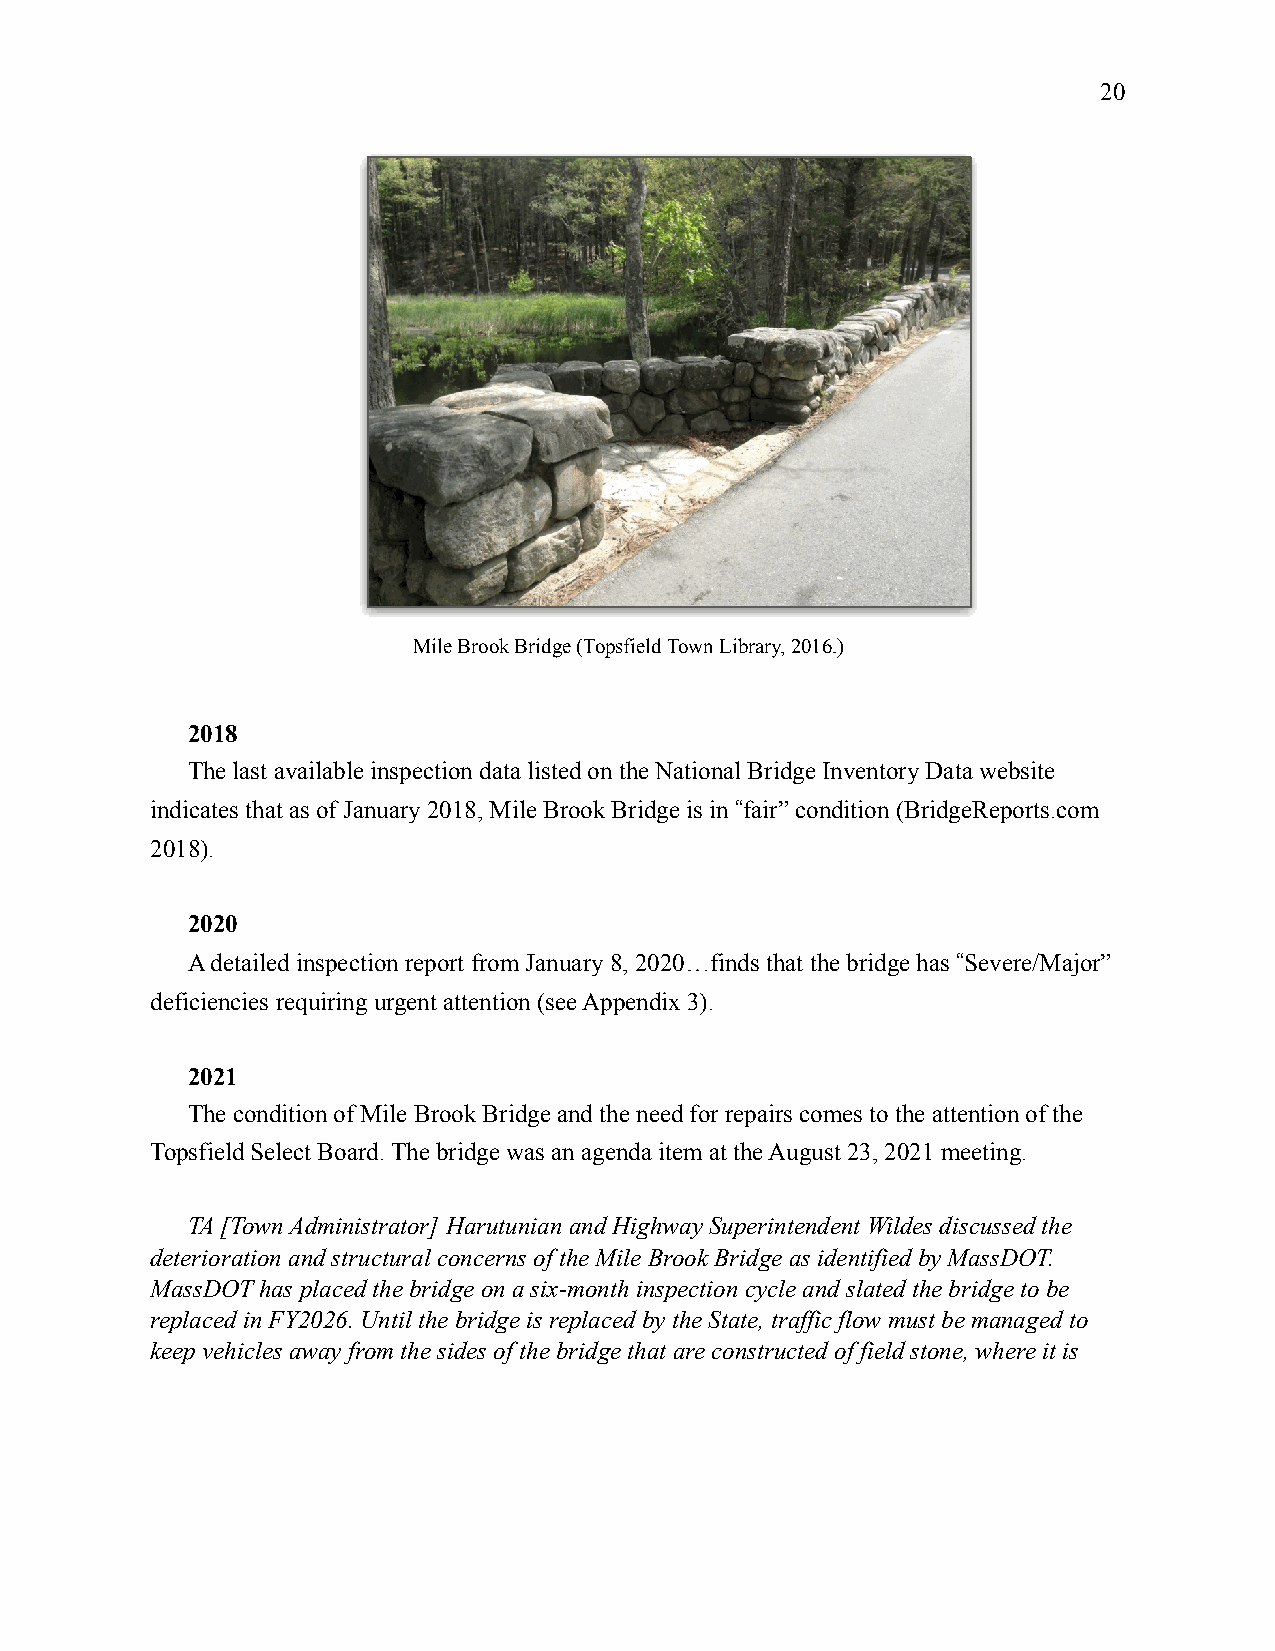
20
 Mile Brook Bridge (Topsfield Town Library, 2016.)
 2018
 The last available inspection data listed on the National Bridge Inventory Data website
 indicates that as of January 2018, Mile Brook Bridge is in "fair” condition (BridgeReports.com
 2018).
 2020
 A detailed inspection report from January 8, 2020…finds that the bridge has "Severe/Major”
 deficiencies requiring urgent attention (see Appendix 3).
 2021
 The condition of Mile Brook Bridge and the need for repairs comes to the attention of the
 Topsfield Select Board. The bridge was an agenda item at the August 23, 2021 meeting.
 TA [Town Administrator] Harutunian and Highway Superintendent Wildes discussed the
 deterioration and structural concerns of the Mile Brook Bridge as identified by MassDOT.
 MassDOT has placed the bridge on a six-month inspection cycle and slated the bridge to be
 replaced in FY2026. Until the bridge is replaced by the State, traffic flow must be managed to
 keep vehicles away from the sides of the bridge that are constructed of field stone, where it is